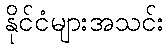
နိုင်ငံများအသင်း